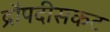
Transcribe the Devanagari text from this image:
द्रौपदीसकट